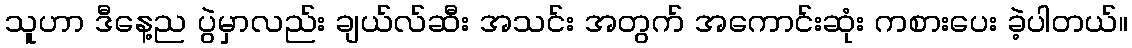
သူဟာ ဒီနေ့ည ပွဲမှာလည်း ချယ်လ်ဆီး အသင်း အတွက် အကောင်းဆုံး ကစားပေး ခဲ့ပါတယ်။